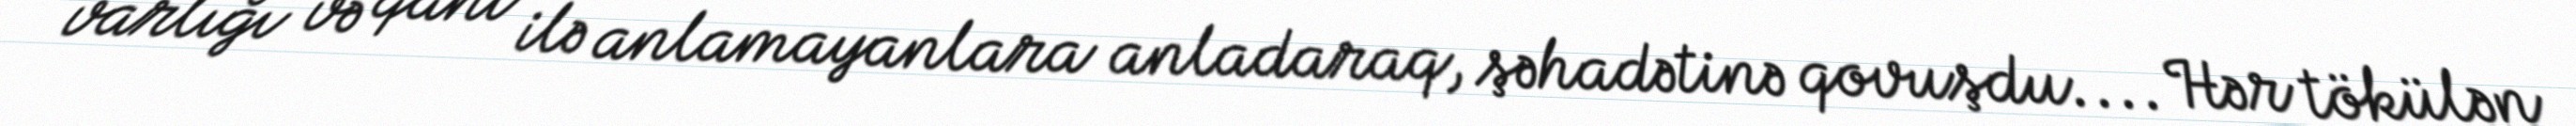
varlığı və qanı ilə anlamayanlara anladaraq, şəhadətinə qovuşdu.... Hər tökülən